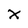
Character: X